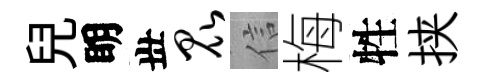
兒眀丗昆信梅牲挟